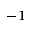
^ { - 1 }